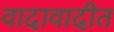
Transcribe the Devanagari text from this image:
वादावादीत